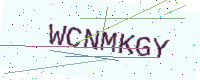
Text: WCNMKGY